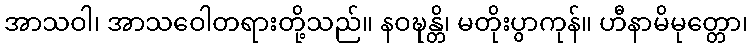
အာသဝါ၊ အာသဝေါတရားတို့သည်။ နဝဍ္ဎန္တိ၊ မတိုးပွာကုန်။ ဟီနာမိမုတ္တော၊